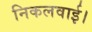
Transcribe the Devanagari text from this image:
निकलवाई।